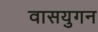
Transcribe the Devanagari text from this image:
वासयुगन